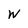
Character: w